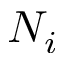
N _ { i }